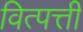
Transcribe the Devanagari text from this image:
वित्पत्ती